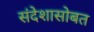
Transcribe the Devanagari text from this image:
संदेशासोबत